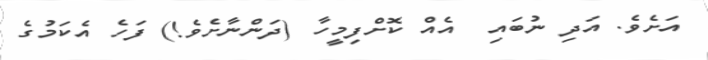
އަށެވެ. އަދި ނުބައި  އެއް ކޮށްފިމީހާ (ދަންނާށެވެ!) ފަހެ އެކަމުގެ